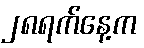
၂၈ရက်နေ့က